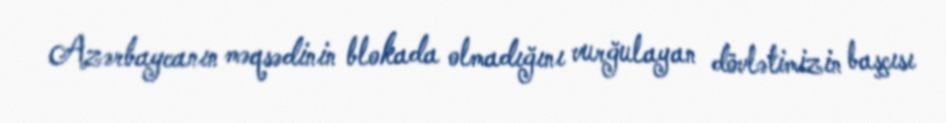
Azərbaycanın məqsədinin blokada olmadığını vurğulayan dövlətimizin başçısı